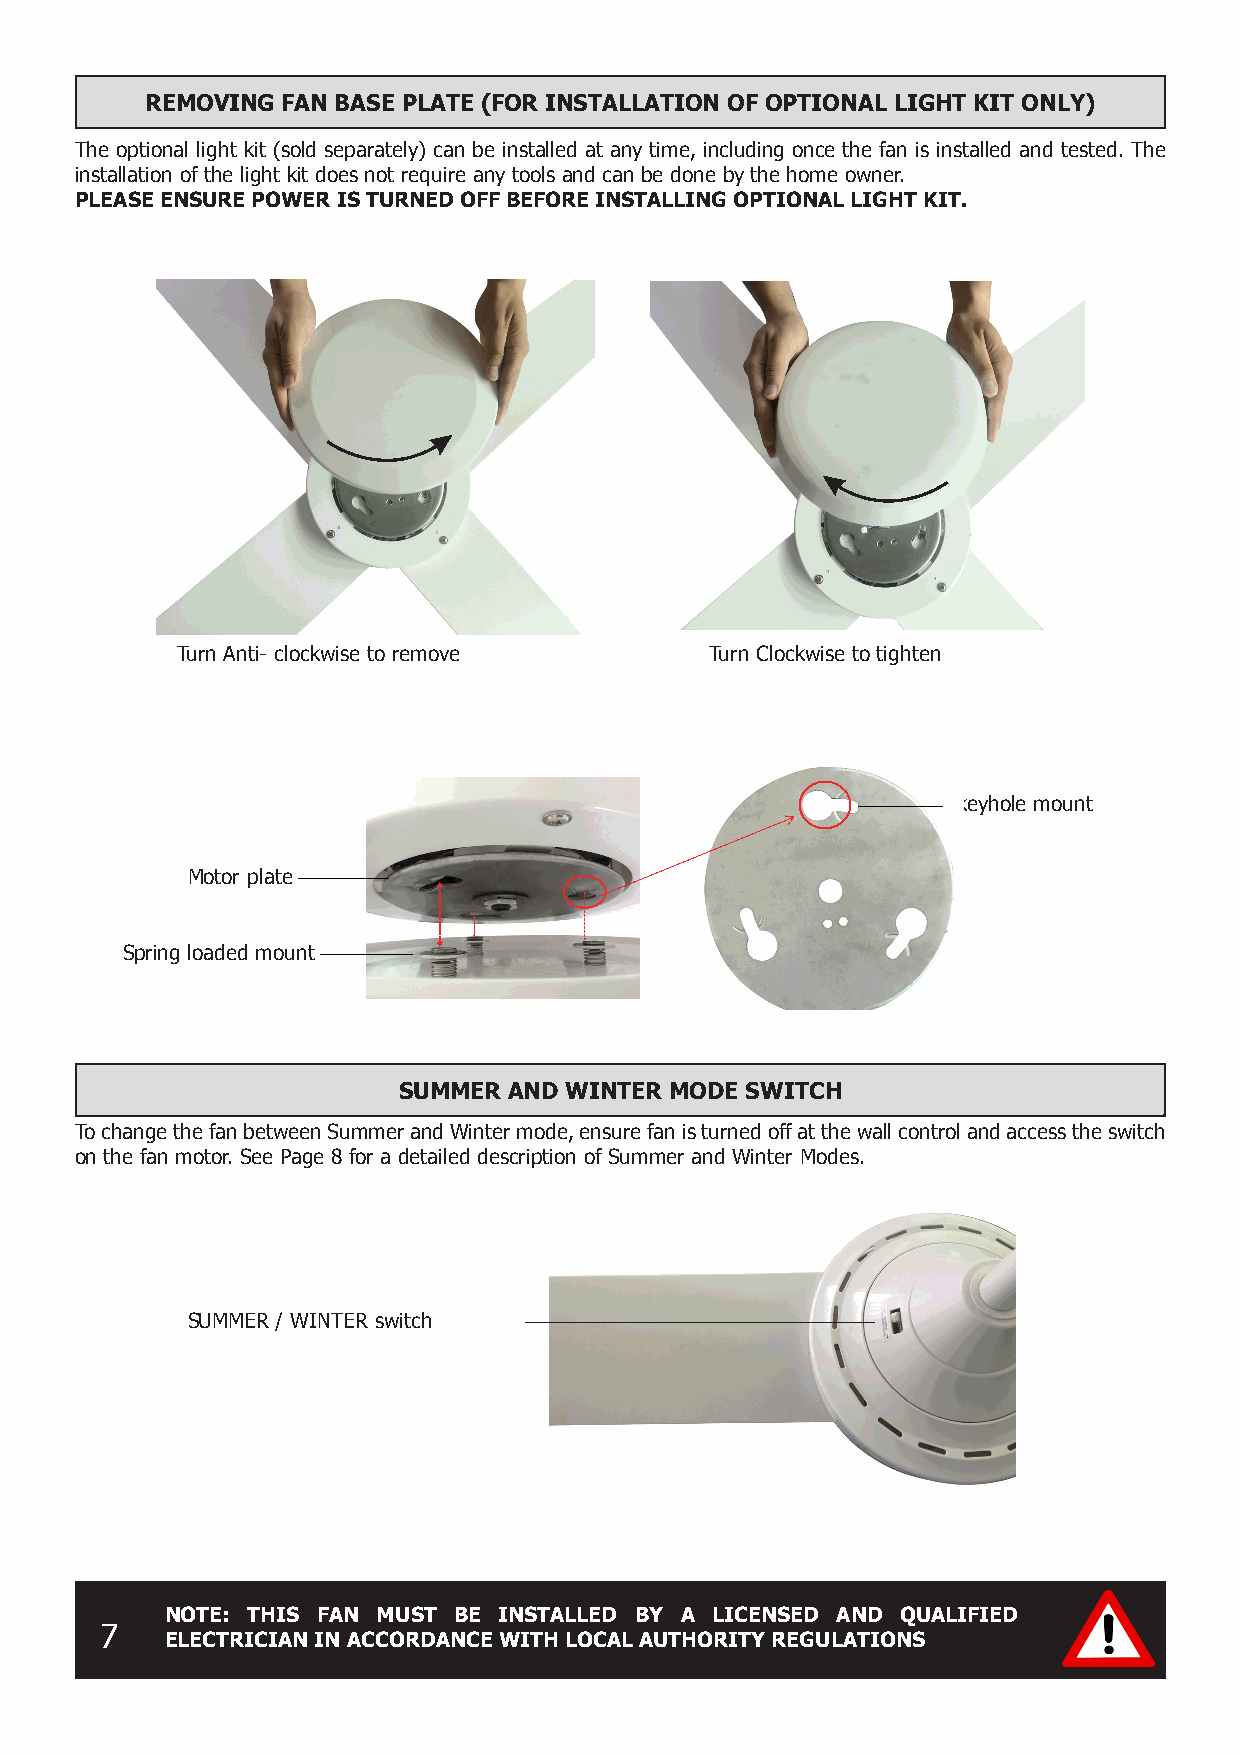
REMOVING FAN BASE PLATE (FOR INSTALLATION OF OPTIONAL LIGHT KIT ONLY)
 The optional light kit (sold separately) can be installed at any time, including once the fan is installed and tested. The
 installation of the light kit does not require any tools and can be done by the home owner.
 PLEASE ENSURE POWER IS TURNED OFF BEFORE INSTALLING OPTIONAL LIGHT KIT.
 Turn Anti- clockwise to remove     Turn Clockwise to tighten
 keyhole mount
 Motor plate
 Spring loaded mount
 SUMMER  AND WINTER MODE SWITCH
 To change the fan between Summer and Winter mode, ensure fan is turned off at the wall control and access the switch
 on the fan motor. See Page 8 for a detailed description of Summer and Winter Modes.
 SUMMER / WINTER switch
 NOTE: THIS FAN MUST BE INSTALLED BY A LICENSED AND QUALIFIED
 7
 ELECTRICIAN IN ACCORDANCE WITH LOCAL AUTHORITY REGULATIONS